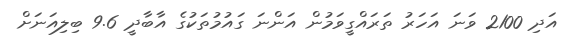
އަދި 2100 ވަނަ އަހަރު ތަރައްގީވަމުން އަންނަ ގައުމުތަކުގެ އާބާދީ 9.6 ބިލިއަނަށް